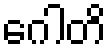
ဂေါတိ